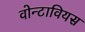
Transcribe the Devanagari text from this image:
वोन्टावियस